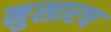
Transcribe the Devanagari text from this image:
नुसारच